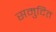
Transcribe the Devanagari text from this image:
समुदित